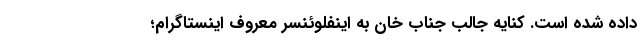
داده شده است. کنایه جالب جناب خان به اینفلوئنسر معروف اینستاگرام؛